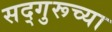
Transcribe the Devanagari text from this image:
सद्‌गुरूच्या